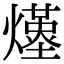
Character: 𤑆